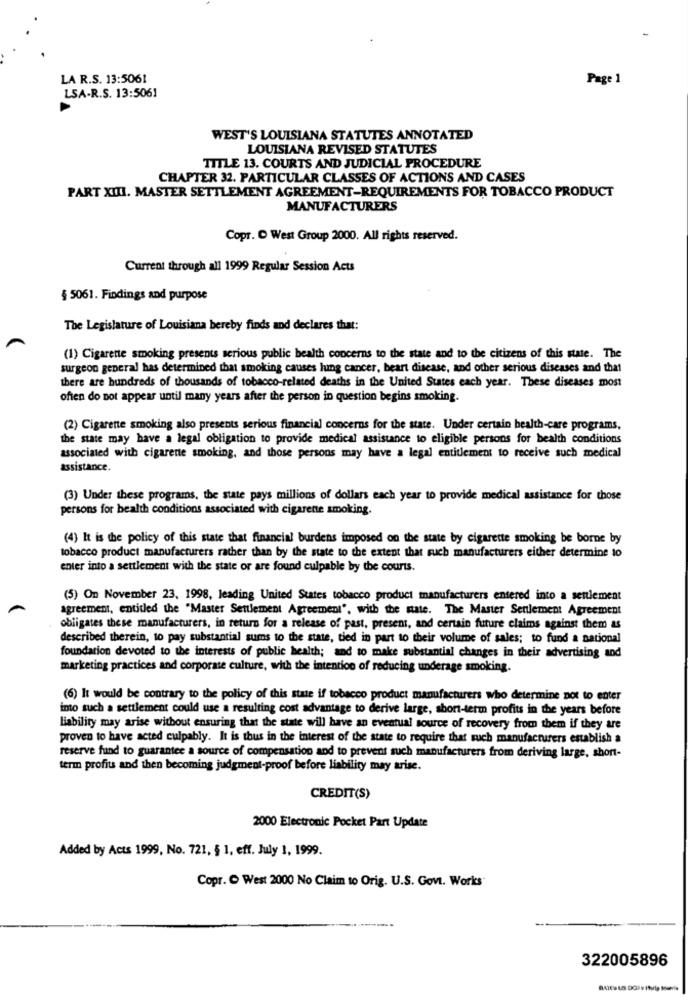
LA R.S. 13:5061
Page 1
LSA-R.S. 13:5061
WEST'S LOUISIANA STATUTES ANNOTATED
LOUISIANA REVISED STATUTES
TITLE 13. COURTS AND JUDICIAL PROCEDURE
CHAPTER 32. PARTICULAR CLASSES OF ACTIONS AND CASES
PART XIII. MASTER SETTLEMENT AGREEMENT-REQUIREMENTS FOR TOBACCO PRODUCT
MANUFACTURERS
Copr. O West Group 2000. All rights reserved.
Current through all 1999 Regular Session Acts
§ 5061. Findings and purpose
The Legislature of Louisiana bereby finds and declares that:
(1) Cigarette smoking presents serious public health concerns to the state and to the citizens of this state. The
surgeon general has determined that smoking causes lung cancer, beart disease, and other serious diseases and that
there are hundreds of thousands of tobacco-related deaths in the United States each year. These diseases most
often do not appear until many years after the person in question begins smoking.
(2) Cigarette smoking also presents serious financial concerns for the state. Under certain health-care programs,
the state may have a legal obligation to provide medical assistance to eligible persons for bealth conditions
associated with cigarette smoking, and those persons may have a legal entitlement to receive such medical
assistance.
(3) Under these programs, the state pays millions of dollars each year to provide medical assistance for those
persons for health conditions associated with cigarette smoking.
(4) It is the policy of this state that financial burdens imposed on the state by cigarette smoking be borne by
tobacco product manufacturers rather than by the state to the extent that such manufacturers either determine 10
enter into a settlement with the state or are found culpable by the courts.
(5) On November 23, 1998, leading United States tobacco product manufacturers entered into a settlement
agreement, entitled the "Master Settlement Agreement", with the state. The Master Settlement Agreement
obligates these manufacturers, in return for a release of past, present, and certain future claims against them as
described therein, to pay substantial sums to the state, tied in part to their volume of sales; to fund a national
foundation devoted to the interests of public health; and to make substantial changes in their advertising and
marketing practices and corporate culture, with the intention of reducing underage smoking.
(6) It would be contrary to the policy of this state if tobacco product manufacturers who determine not to enter
into such a settlement could use a resulting cost advantage to derive large, short-term profits in the years before
liability may arise without ensuring that the state will have an eventual source of recovery from them if they are
proven to have acted culpably. It is thus in the interest of the state to require that such manufacturers establish a
reserve fund to guarantee a source of compensation and to prevent such manufacturers from deriving large, short-
term profits and then becoming judgment-proof before liability may arise.
CREDIT(S)
2000 Electronic Pocket Part Update
Added by Acts 1999, No. 721, § 1. eff. July 1, 1999.
Copr. C West 2000 No Claim to Orig. U.S. Govt. Works
322005896